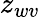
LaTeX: z_{wv}